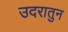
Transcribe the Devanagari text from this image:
उदरातुन